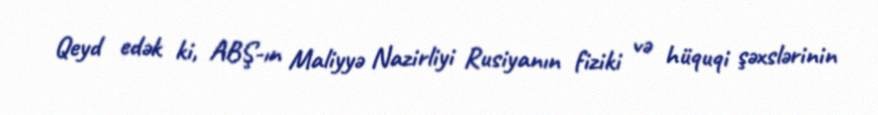
Qeyd edək ki, ABŞ-ın Maliyyə Nazirliyi Rusiyanın fiziki və hüquqi şəxslərinin